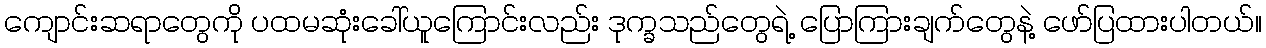
ကျောင်းဆရာတွေကို ပထမဆုံးခေါ်ယူကြောင်းလည်း ဒုက္ခသည်တွေရဲ့ ပြောကြားချက်တွေနဲ့ ဖော်ပြထားပါတယ်။